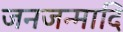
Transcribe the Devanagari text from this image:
जनजन्मादि